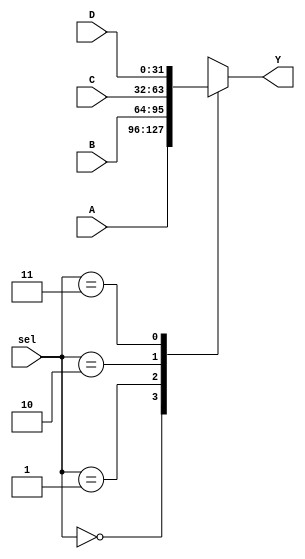
`timescale 1ns / 1ps
//////////////////////////////////////////////////////////////////////////////////
// Company: 
// Engineer: 
// 
// Design Name: 
// Module Name: nBit_4x1_mux
// Project Name: 
// Target Devices: 
// Tool Versions: 
// Description: 
// 
// Dependencies: 
// 
// Revision:
// Revision 0.01 - File Created
// Additional Comments:
// 
//////////////////////////////////////////////////////////////////////////////////


module nBit_4x1_mux #(parameter N = 32)(
    input [N-1:0] A, B, C, D, 
    input [1:0] sel, 
    output reg [N-1:0] Y
);

    always@(*) begin
        case(sel)
            2'b00: Y = A; 
            2'b01: Y = B; 
            2'b10: Y = C; 
            2'b11: Y = D; 
            default: Y = A; 
        endcase
    end
    
endmodule